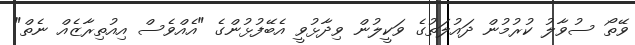
ވޭތޯ ސުވާލު ކުރުމުން ދައުލަތުގެ ވަކީލުން ވިދާޅުވީ އެބޭފުޅުންގެ "އެއްވެސް އިއުތިރާޒެއް ނެތް"